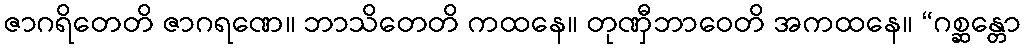
ဇာဂရိတေတိ ဇာဂရဏေ။ ဘာသိတေတိ ကထနေ။ တုဏှီဘာဝေတိ အကထနေ။ “ဂစ္ဆန္တော